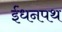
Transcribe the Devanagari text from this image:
ईंधनपथ